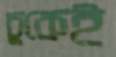
চুকেই